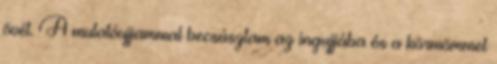
övét. A mutatóujjammal becsúsztam az ingujjába és a körmömmel